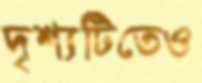
দৃশ্যটিতেও